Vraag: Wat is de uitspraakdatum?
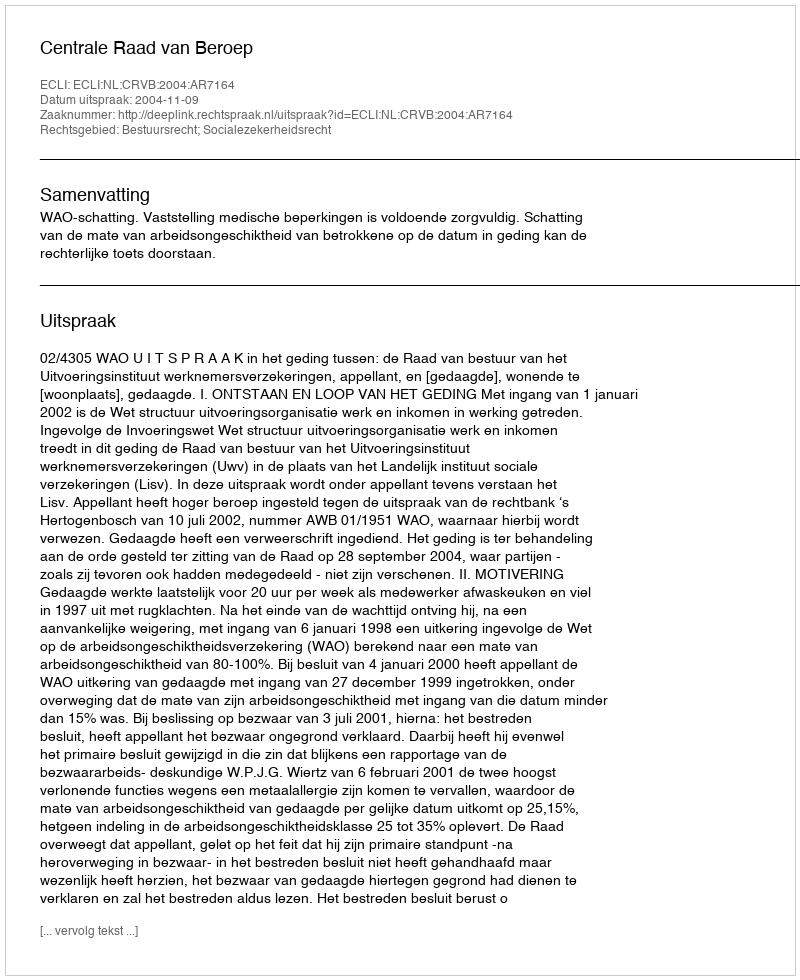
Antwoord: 2004-11-09